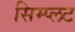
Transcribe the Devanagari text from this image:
सिम्प्लट